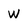
Character: w